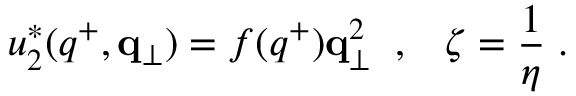
u _ { 2 } ^ { * } ( q ^ { + } , { \bf q } _ { \perp } ) = f ( q ^ { + } ) { \bf q } _ { \perp } ^ { 2 } \; \; , \; \; \; \zeta = { \frac { 1 } { \eta } } \; .